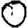
Digit: 0